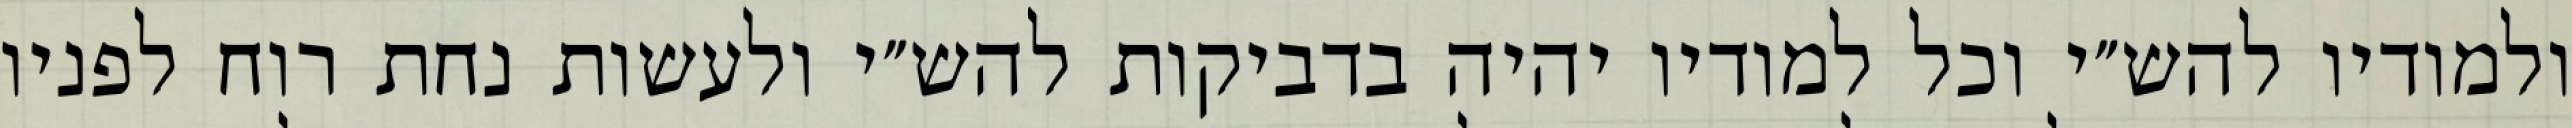
ולמודיו להש״י וכל למודיו יהיה בדביקות להש״י ולעשות נחת רוח לפניו